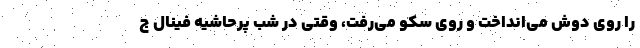
را روی دوش می‌انداخت و روی سکو می‌رفت، وقتی در شب پرحاشیه فینال ج